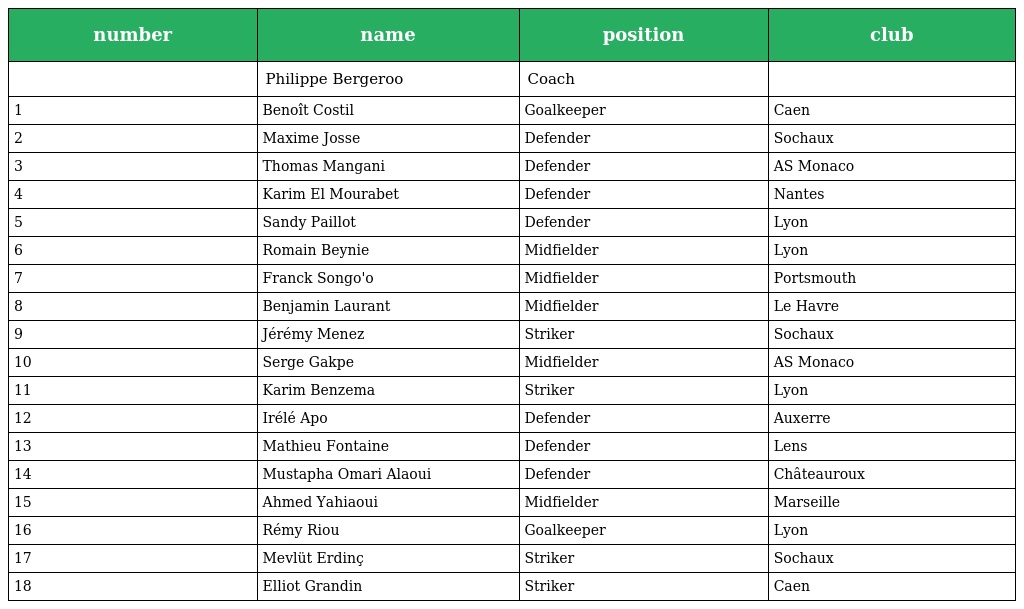
| number | name | position | club |
 | --- | --- | --- | --- |
 |  | Philippe Bergeroo | Coach |  |
 | 1 | Benoît Costil | Goalkeeper | Caen |
 | 2 | Maxime Josse | Defender | Sochaux |
 | 3 | Thomas Mangani | Defender | AS Monaco |
 | 4 | Karim El Mourabet | Defender | Nantes |
 | 5 | Sandy Paillot | Defender | Lyon |
 | 6 | Romain Beynie | Midfielder | Lyon |
 | 7 | Franck Songo'o | Midfielder | Portsmouth |
 | 8 | Benjamin Laurant | Midfielder | Le Havre |
 | 9 | Jérémy Menez | Striker | Sochaux |
 | 10 | Serge Gakpe | Midfielder | AS Monaco |
 | 11 | Karim Benzema | Striker | Lyon |
 | 12 | Irélé Apo | Defender | Auxerre |
 | 13 | Mathieu Fontaine | Defender | Lens |
 | 14 | Mustapha Omari Alaoui | Defender | Châteauroux |
 | 15 | Ahmed Yahiaoui | Midfielder | Marseille |
 | 16 | Rémy Riou | Goalkeeper | Lyon |
 | 17 | Mevlüt Erdinç | Striker | Sochaux |
 | 18 | Elliot Grandin | Striker | Caen |